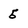
Character: 5